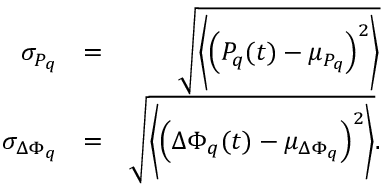
\begin{array} { r l r } { \sigma _ { P _ { q } } } & { = } & { \sqrt { \left\langle \left( P _ { q } ( t ) - \mu _ { P _ { q } } \right) ^ { 2 } \right\rangle } } \\ { \sigma _ { \Delta \Phi _ { q } } } & { = } & { \sqrt { \left\langle \left( \Delta \Phi _ { q } ( t ) - \mu _ { \Delta \Phi _ { q } } \right) ^ { 2 } \right\rangle } . } \end{array}